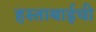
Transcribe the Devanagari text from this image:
हस्ताबाईची